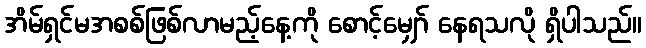
အိမ်ရှင်မအစစ်ဖြစ်လာမည့်နေ့ကို စောင့်မျှော် နေရသလို ရှိပါသည်။